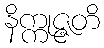
နိက္ကုဇ္ဇတိ